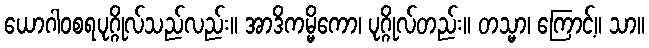
ယောဂါဝစရပုဂ္ဂိုလ်သည်လည်း။ အာဒိကမ္မိကော၊ ပုဂ္ဂိုလ်တည်း။ တသ္မာ၊ ကြောင့်။ သာ။